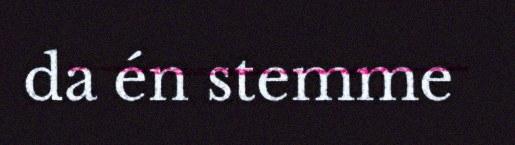
da én stemme